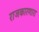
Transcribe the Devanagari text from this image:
राजकारणारा